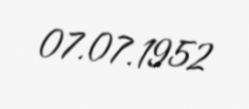
07.07.1952